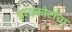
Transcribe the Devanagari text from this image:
हायकोर्टाचा